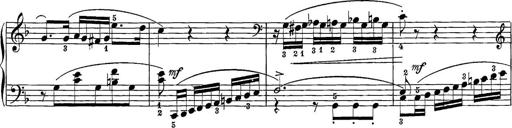
Title: 12 Sonatine per Pianoforte
Composer: Friedrich Kuhlau